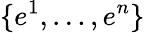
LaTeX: \{ e^{1},\ldots,e^{n}\}